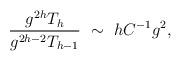
LaTeX: \begin{align*}\frac{g^{2h} T_h}{g^{2h-2} T_{h-1}} \ \sim\ h C^{-1} g^2,\end{align*}